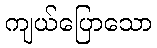
ကျယ်ပြောသော